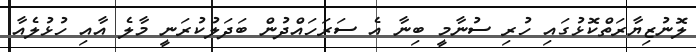
ލޮނުޒިޔާރަތްކޮޅުގައި ހުރި ސުނާމީ ބިނާ އެ ސަރަަހައްދުން ބަދަލުކުރަނީ މާލެ އާއި ހުޅުލެއާ